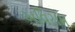
અવિરામ